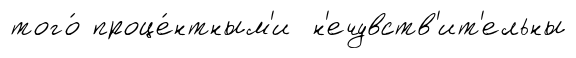
того́ проце́нтным'и н'ечувств'ит'ельны